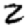
Digit: 2